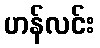
ဟန်လင်း